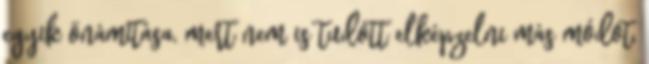
egyik önámítása, mert nem is tudott elképzelni más módot,